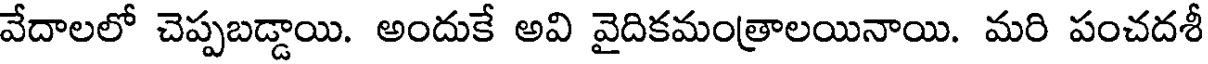
వేదాలలో చెప్పబడ్డాయి. అందుకే అవి వైదికమంత్రాలయినాయి. మరి పంచదశీ